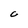
Character: C